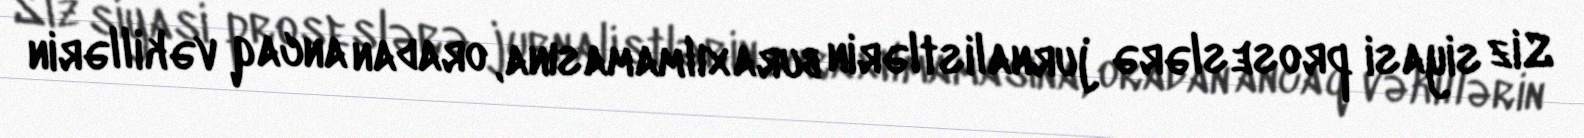
Siz siyasi proseslərə jurnalistlərin buraxılmamasına, oradan ancaq vəkillərin